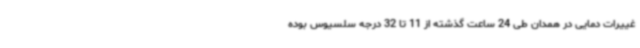
غییرات دمایی در همدان طی 24 ساعت گذشته از 11 تا 32 درجه سلسیوس بوده